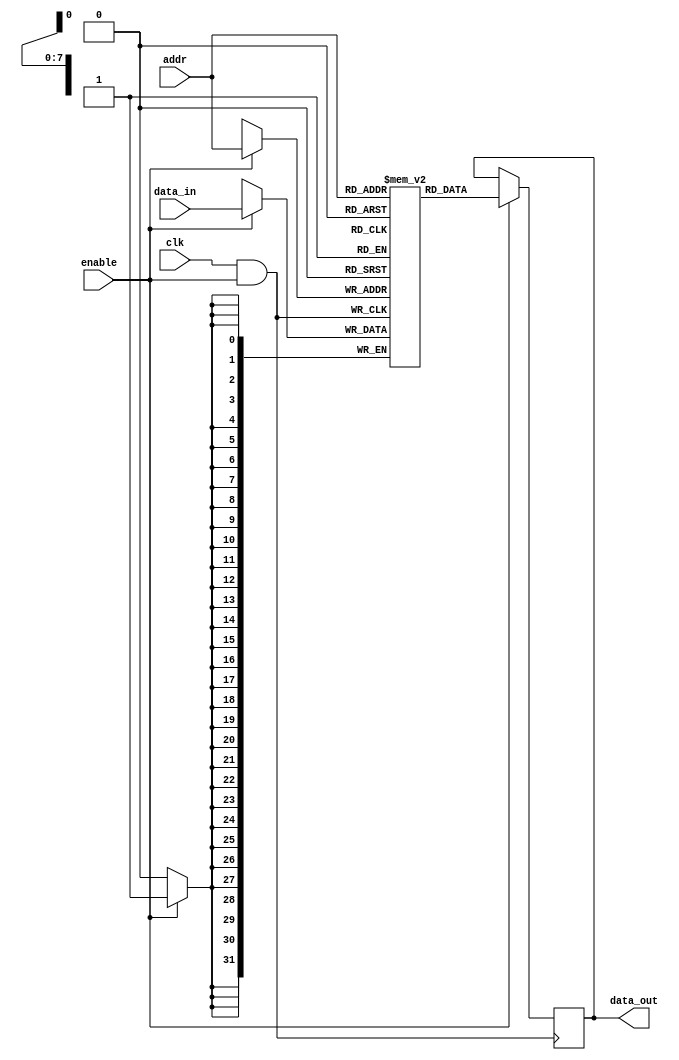
module memory_block (
    input wire clk,          // Main clock signal
    input wire enable,       // Enable signal for clock gating
    input wire [7:0] addr,   // Address for memory access
    input wire [31:0] data_in,// Data input for write operations
    output reg [31:0] data_out // Data output for read operations
);

// Memory array (simple RAM)
reg [31:0] mem [0:255]; // 256 x 32-bit memory

// Clock Gating Logic
wire gated_clk;
assign gated_clk = clk & enable; // AND gate for clock gating

// Memory Operations
always @(posedge gated_clk) begin
    if (enable) begin
        // Memory write operation
        mem[addr] <= data_in;
    end
end

always @(posedge gated_clk) begin
    if (enable) begin
        // Memory read operation
        data_out <= mem[addr];
    end
end

endmodule